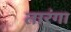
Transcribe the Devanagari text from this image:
तारंगा